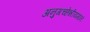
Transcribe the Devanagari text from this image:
अनुगच्छेन्नीयमानं